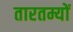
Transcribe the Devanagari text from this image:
तारतम्यों